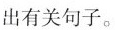
出有关句子。